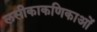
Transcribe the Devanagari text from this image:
लसीकाकणिकाओं